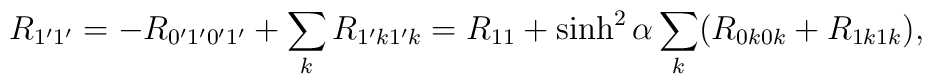
R_{1'1'} = -R_{0'1'0'1'} + \sum_k R_{1'k1'k} = R_{11} +  \sinh^2\alpha\sum_k  (R_{0k0k} + R_{1k1k}),